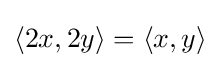
\langle 2x,2y\rangle =\langle x,y\rangle